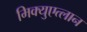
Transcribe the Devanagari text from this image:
मिक्युएत्लान